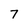
Character: 7